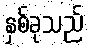
နှစ်ခုသည်